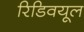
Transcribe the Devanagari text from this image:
रिडिवयूल